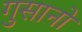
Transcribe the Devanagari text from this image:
गुसानो